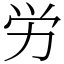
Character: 労